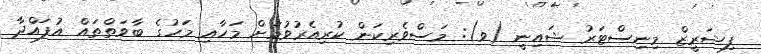
ފިޝަރީޒް މިނިސްޓަރު ޝައިނީ (ވ): މަސްވެރިކަން ކުރިއެރުވުމަށް މަހާއި މަހުގެ ބާވަތްތައް އުފައްދާ